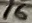
Text: 16